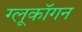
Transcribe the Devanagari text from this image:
ग्लूकॉगन